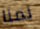
نمنا